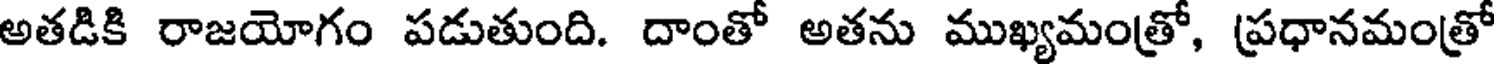
అతడికి రాజయోగం పడుతుంది. దాంతో అతను ముఖ్యమంత్రో, ప్రధానమంత్రో